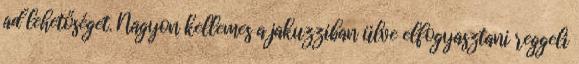
ad lehetőséget. Nagyon kellemes a jakuzziban ülve elfogyasztani reggeli